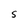
Character: S